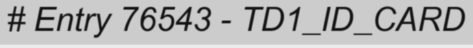
# Entry 76543 - TD1_ID_CARD